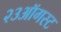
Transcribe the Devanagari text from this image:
२३ऑगस्ट